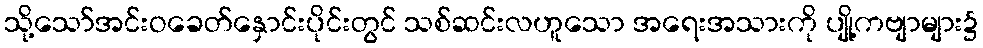
သို့သော်အင်းဝခေတ်နှောင်းပိုင်းတွင် သစ်ဆင်းလဟူသော အရေးအသားကို ပျို့ကဗျာများ၌